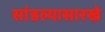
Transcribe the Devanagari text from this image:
सांडल्यासारखे